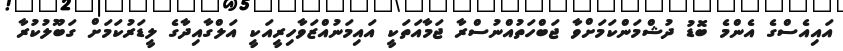
އައިއެސްގެ އެންމެ ބޮޑު ދުޝްމަންކަމަށްވާ ޖަބްހަތުއްނުސްރާ ޖަމާއަތަކީ އައިމަނުއްޒަވާހިރީއަކީ އަލްގާއިދާގެ ލީޑަރުކަމަށް ގަބޫލުކުރާ